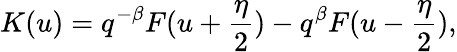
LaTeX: K(u)=q^{-\beta}F(u+\frac{\eta}{2})-q^{\beta}F(u-\frac{\eta}{2}),